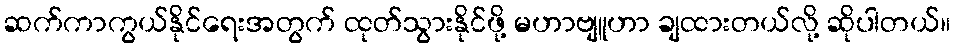
ဆက်ကာကွယ်နိုင်ရေးအတွက် ထုတ်သွားနိုင်ဖို့ မဟာဗျူဟာ ချထားတယ်လို့ ဆိုပါတယ်။